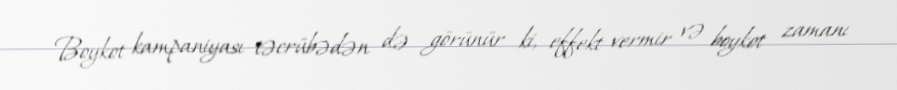
Boykot kampaniyası təcrübədən də görünür ki, effekt vermir və boykot zamanı